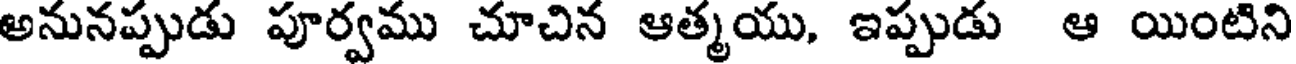
అనునప్పుడు పూర్వము చూచిన ఆత్మయు, ఇప్పుడు ఆ యింటిని